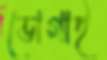
ভোগাই